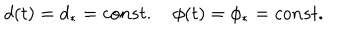
d ( t ) = d _ { \ast } = c o n s t . \quad \phi ( t ) = \phi _ { \ast } = c o n s t .